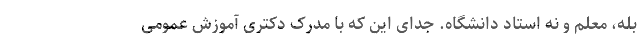
بله، معلم و نه استاد دانشگاه. جدای این که با مدرک دکتری آموزش عمومی